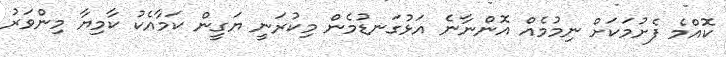
ކޮއްމެ ފެށުމަަކަށް ނިމުމެއް އޮންނާނެ އަޅުގަނޑުމެން މިކުރަނީ ޔަގީން ކަމާއެކު ކާމިޔާ މިންވަރު